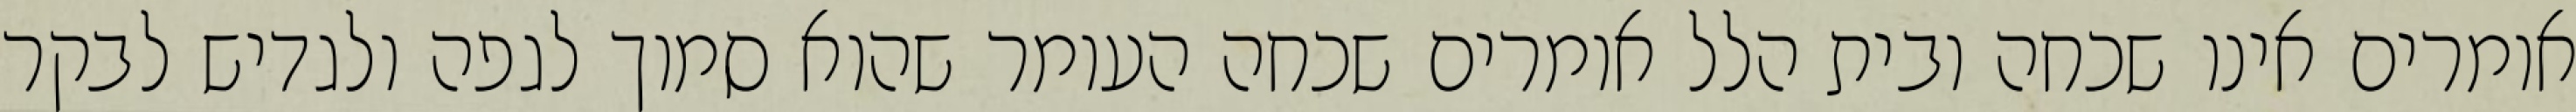
אומרים אינו שכחה ובית הלל אומרים שכחה העומר שהוא סמוך לגפה ולגדיש לבקר